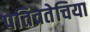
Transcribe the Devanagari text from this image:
पतिव्रतेचिया